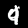
Label: 9